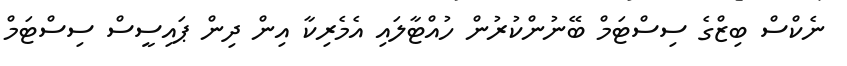
ނެކްސް ބިޒްގެ ސިސްޓަމް ބޭނުންކުރުން ހުއްޓާލައި އެމެރިކާ އިން ދިން ޕައިސީސް ސިސްޓަމް